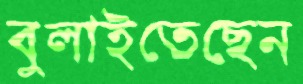
বুলাইতেছেন